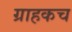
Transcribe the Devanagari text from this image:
ग्राहकच